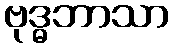
ဗုဒ္ဓဘာသာ